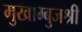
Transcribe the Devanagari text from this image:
मुखाम्बुजश्री